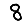
Digit: 8